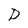
Character: P